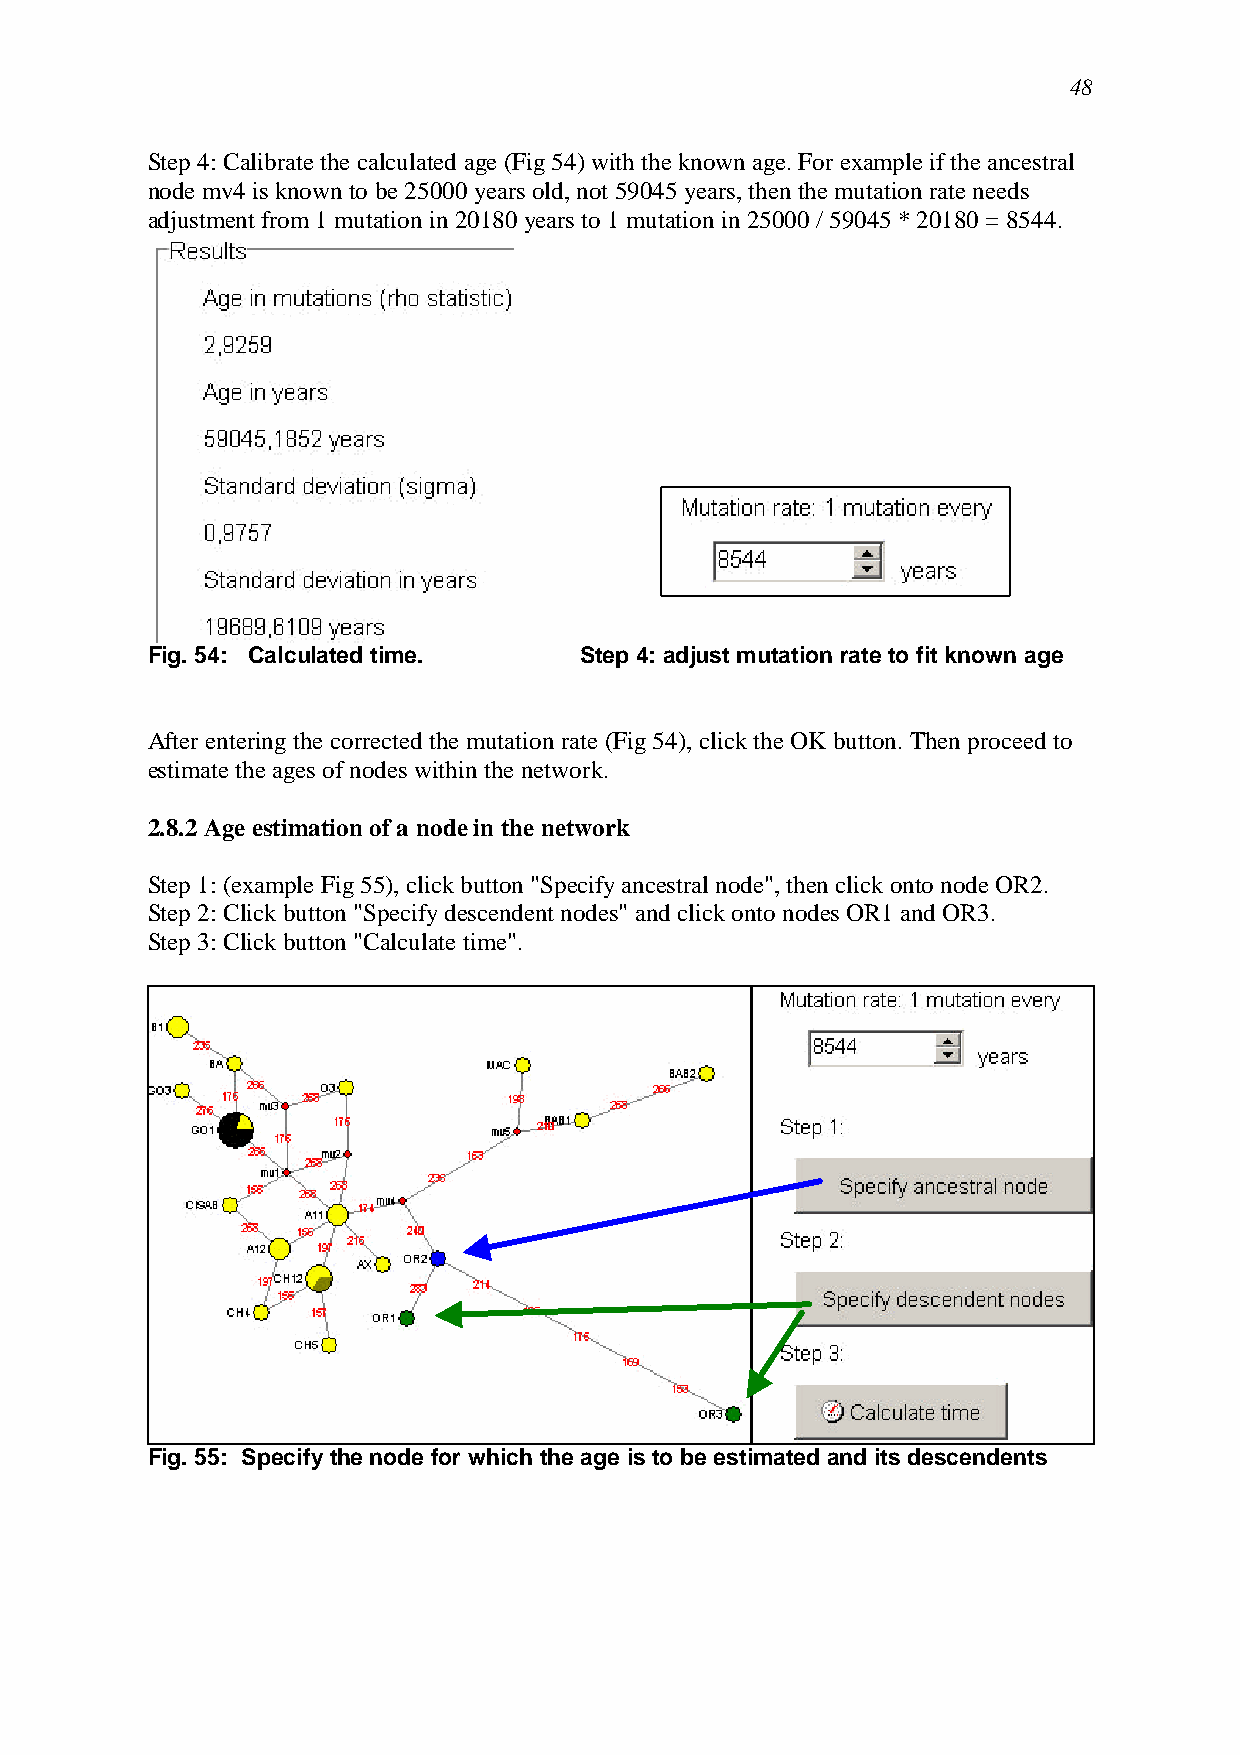
48
 Step 4: Calibrate the calculated age (Fig 54) with the known age. For example if the ancestral
 node mv4 is known to be 25000 years old, not 59045 years, then the mutation rate needs
 adjustment from 1 mutation in 20180 years to 1 mutation in 25000 / 59045 * 20180 = 8544.
 Fig. 54: Calculated time.   Step 4: adjust mutation rate to fit known age
 After entering the corrected the mutation rate (Fig 54), click the OK button. Then proceed to
 estimate the ages of nodes within the network.
 2.8.2 Age estimation of a node in the network
 Step 1: (example Fig 55), click button "Specify ancestral node", then click onto node OR2.
 Step 2: Click button "Specify descendent nodes" and click onto nodes OR1 and OR3.
 Step 3: Click button "Calculate time".
 Fig. 55: Specify the node for which the age is to be estimated and its descendents